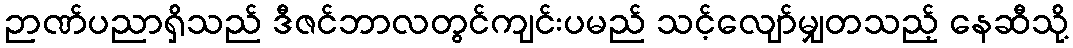
ဉာဏ်ပညာရှိသည် ဒီဇင်ဘာလတွင်ကျင်းပမည် သင့်လျော်မျှတသည့် နေဆီသို့